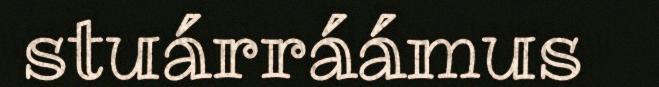
stuárráámus